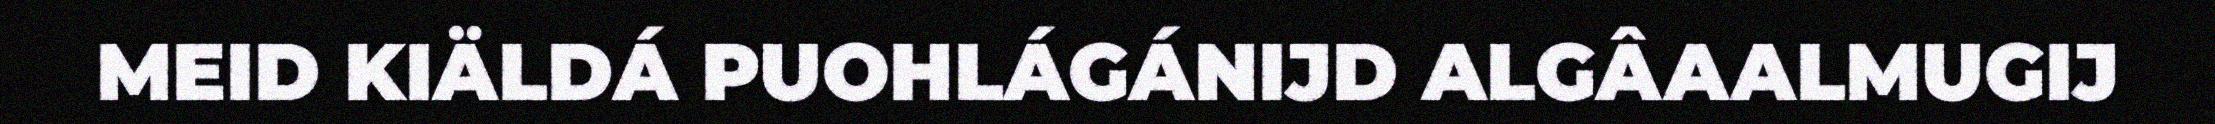
MEID KIÄLDÁ PUOHLÁGÁNIJD ALGÂAALMUGIJ